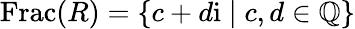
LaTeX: \operatorname{Frac}(R)=\{ c+d\mathrm{i}\mid c,d\in\mathbb{Q}\}